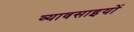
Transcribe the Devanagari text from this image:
व्यावसाइयों